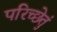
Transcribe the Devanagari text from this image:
परिच्छेतुं